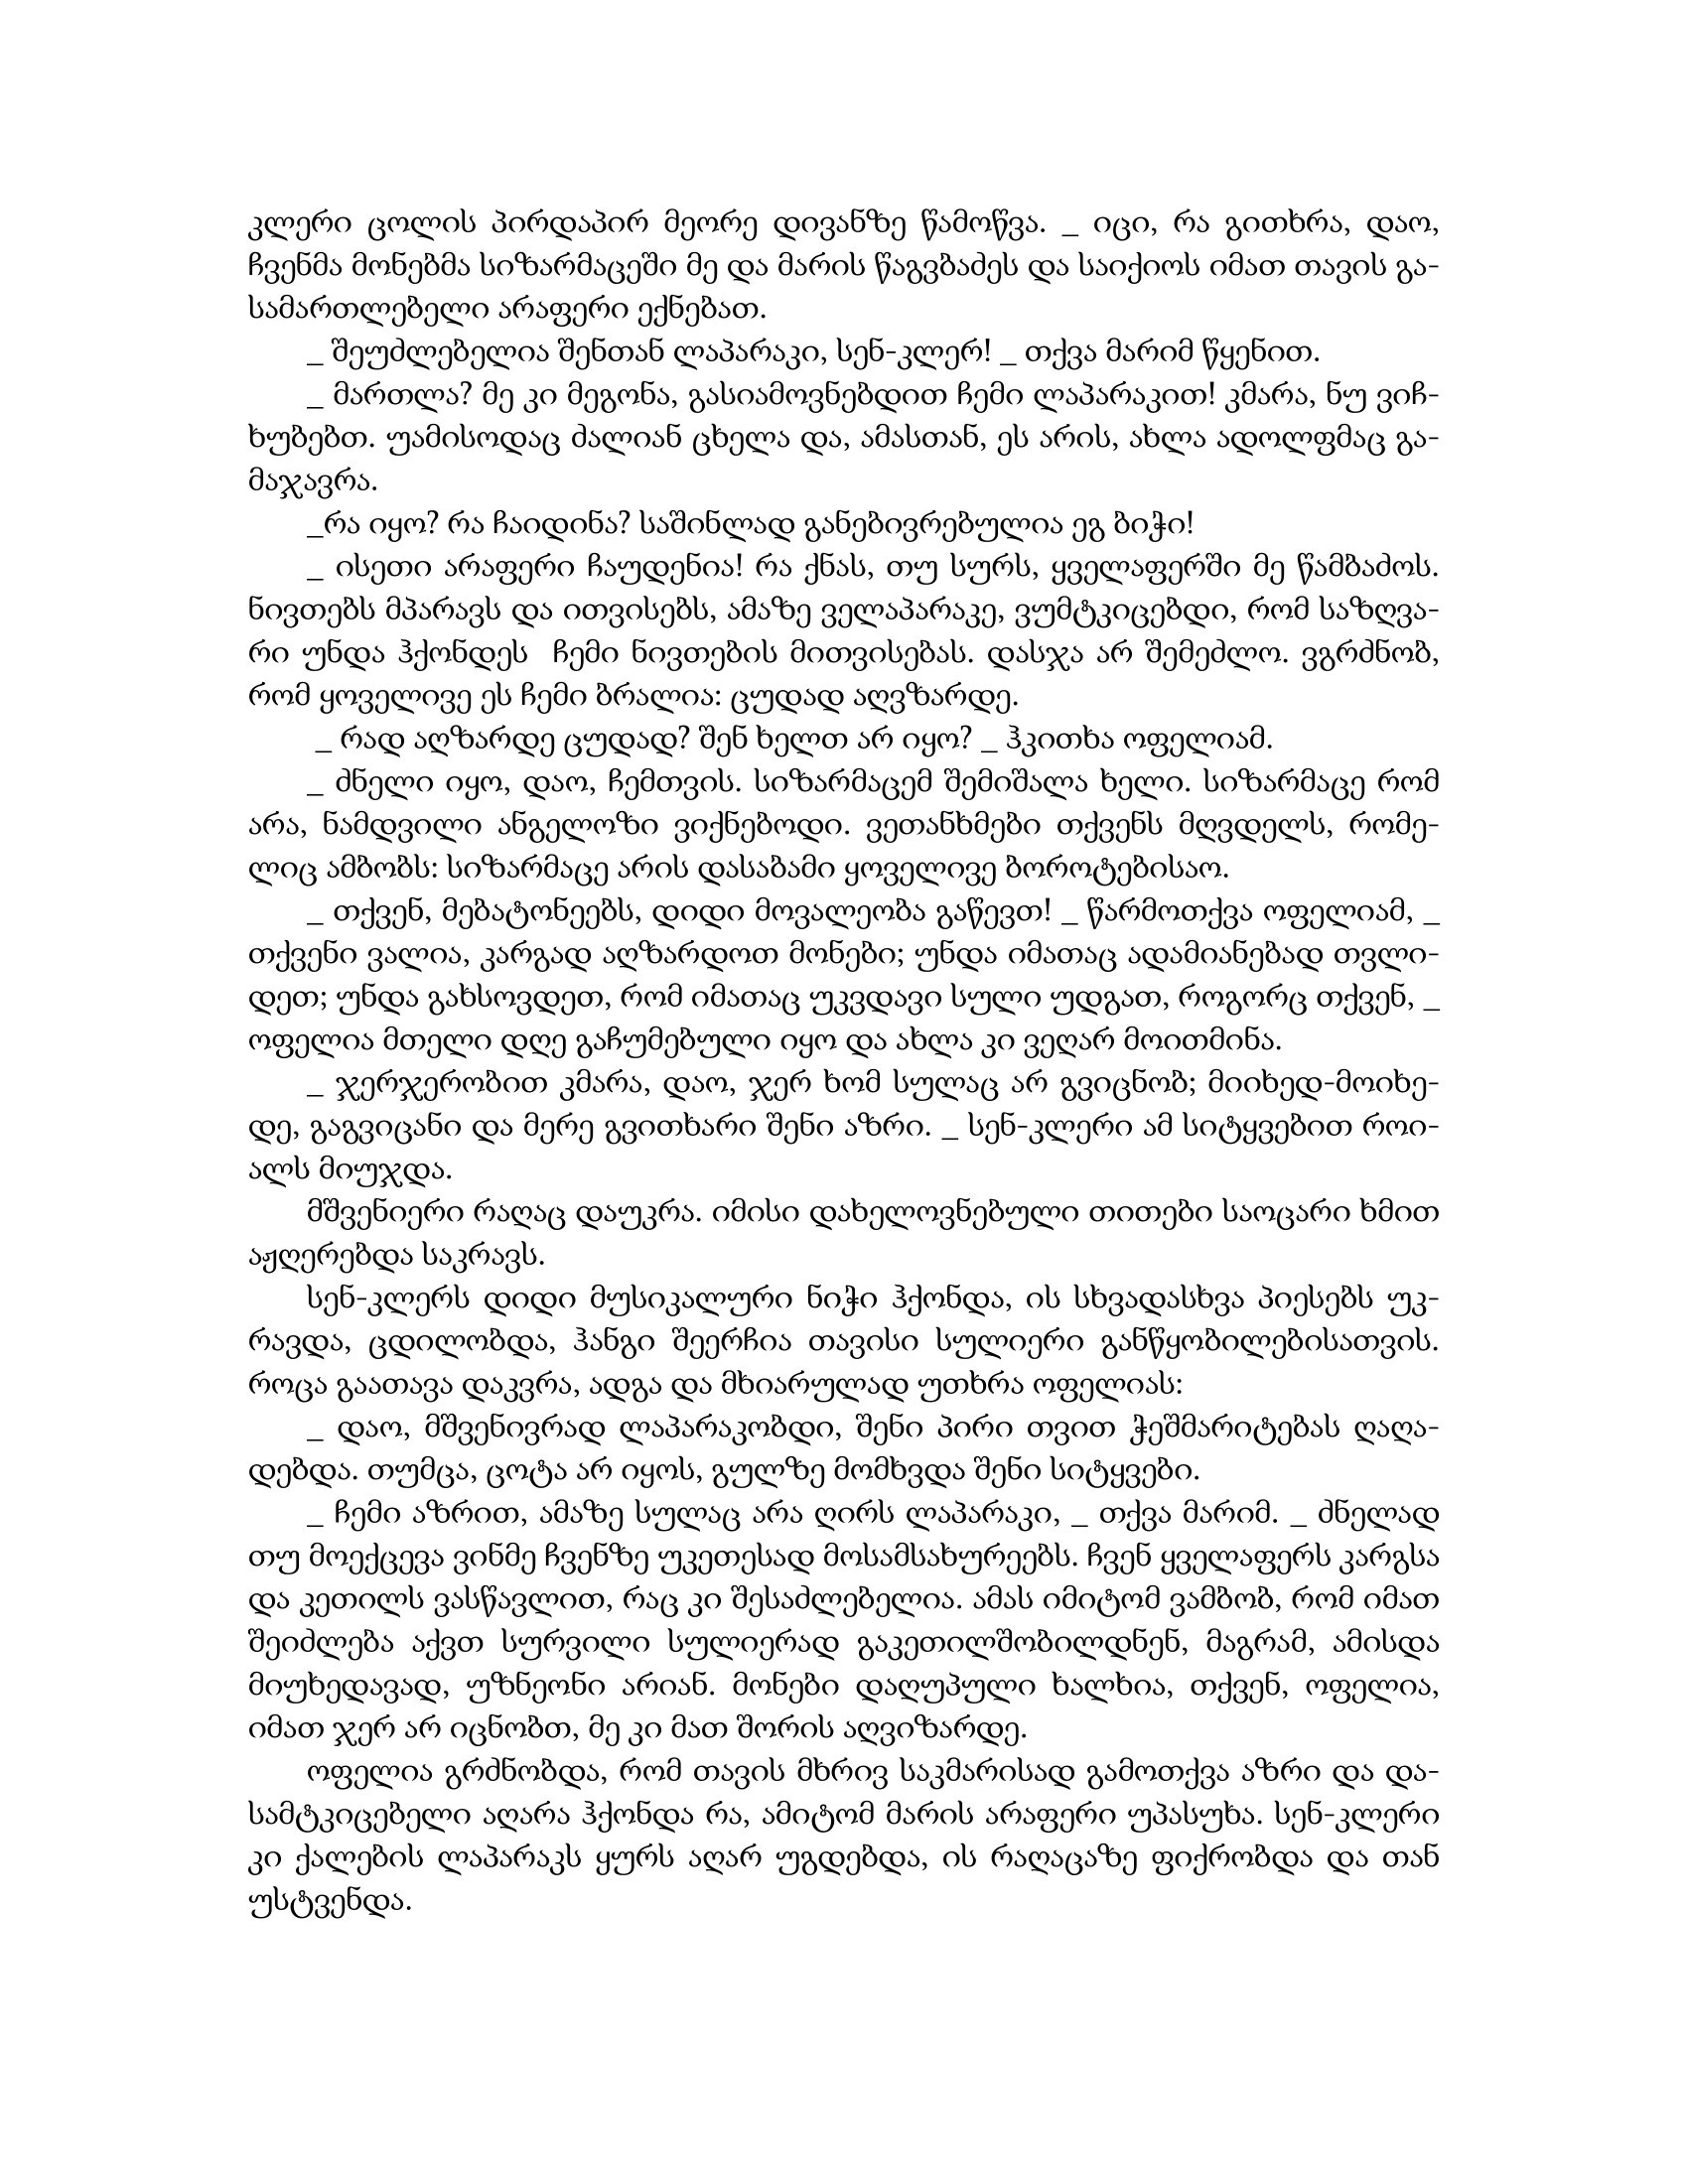
Language: gr